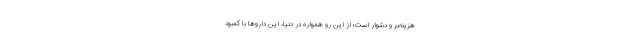
هزینه‌بر و دشوار است؛ از این رو همواره در دنیا، این داروها با کمبود